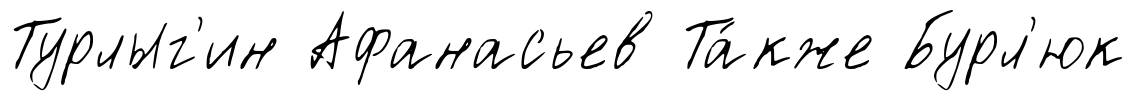
Турлыг'ин Афанасьев Та́кже Бурл'юк